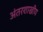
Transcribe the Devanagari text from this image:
अंतरशाखीय